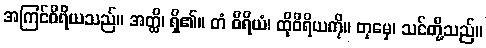
အကြင်ဝီရိယသည်။ အတ္ထိ၊ ရှိ၏။ တံ ဝီရိယံ၊ ထိုဝီရိယကို။ တုမှေ၊ သင်တို့သည်။